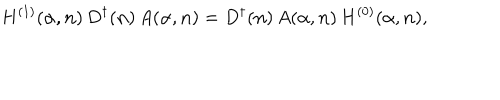
LaTeX: H ^ { ( 1 ) } ( { \alpha } , { \bf n } ) \, D ^ { \dagger } ( { \bf n } ) \, A ( { \alpha } , { \bf n } ) = D ^ { \dagger } ( { \bf n } ) \, A ( { \alpha } , { \bf n } ) \, H ^ { ( 0 ) } ( { \alpha } , { \bf n } ) ,